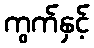
ကွက်နှင့်